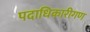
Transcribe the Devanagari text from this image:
पदाधिकारीगण